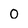
Character: 0